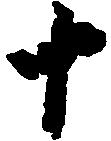
十